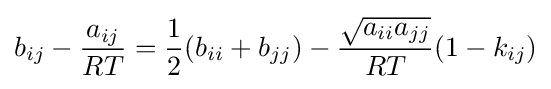
b_{ij}-{\frac {a_{ij}}{RT}}={\frac {1}{2}}(b_{ii}+b_{jj})-{\frac {\sqrt {a_{ii}a_{jj}}}{RT}}(1-k_{ij})